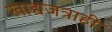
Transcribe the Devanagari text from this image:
खाद्यजत्राही